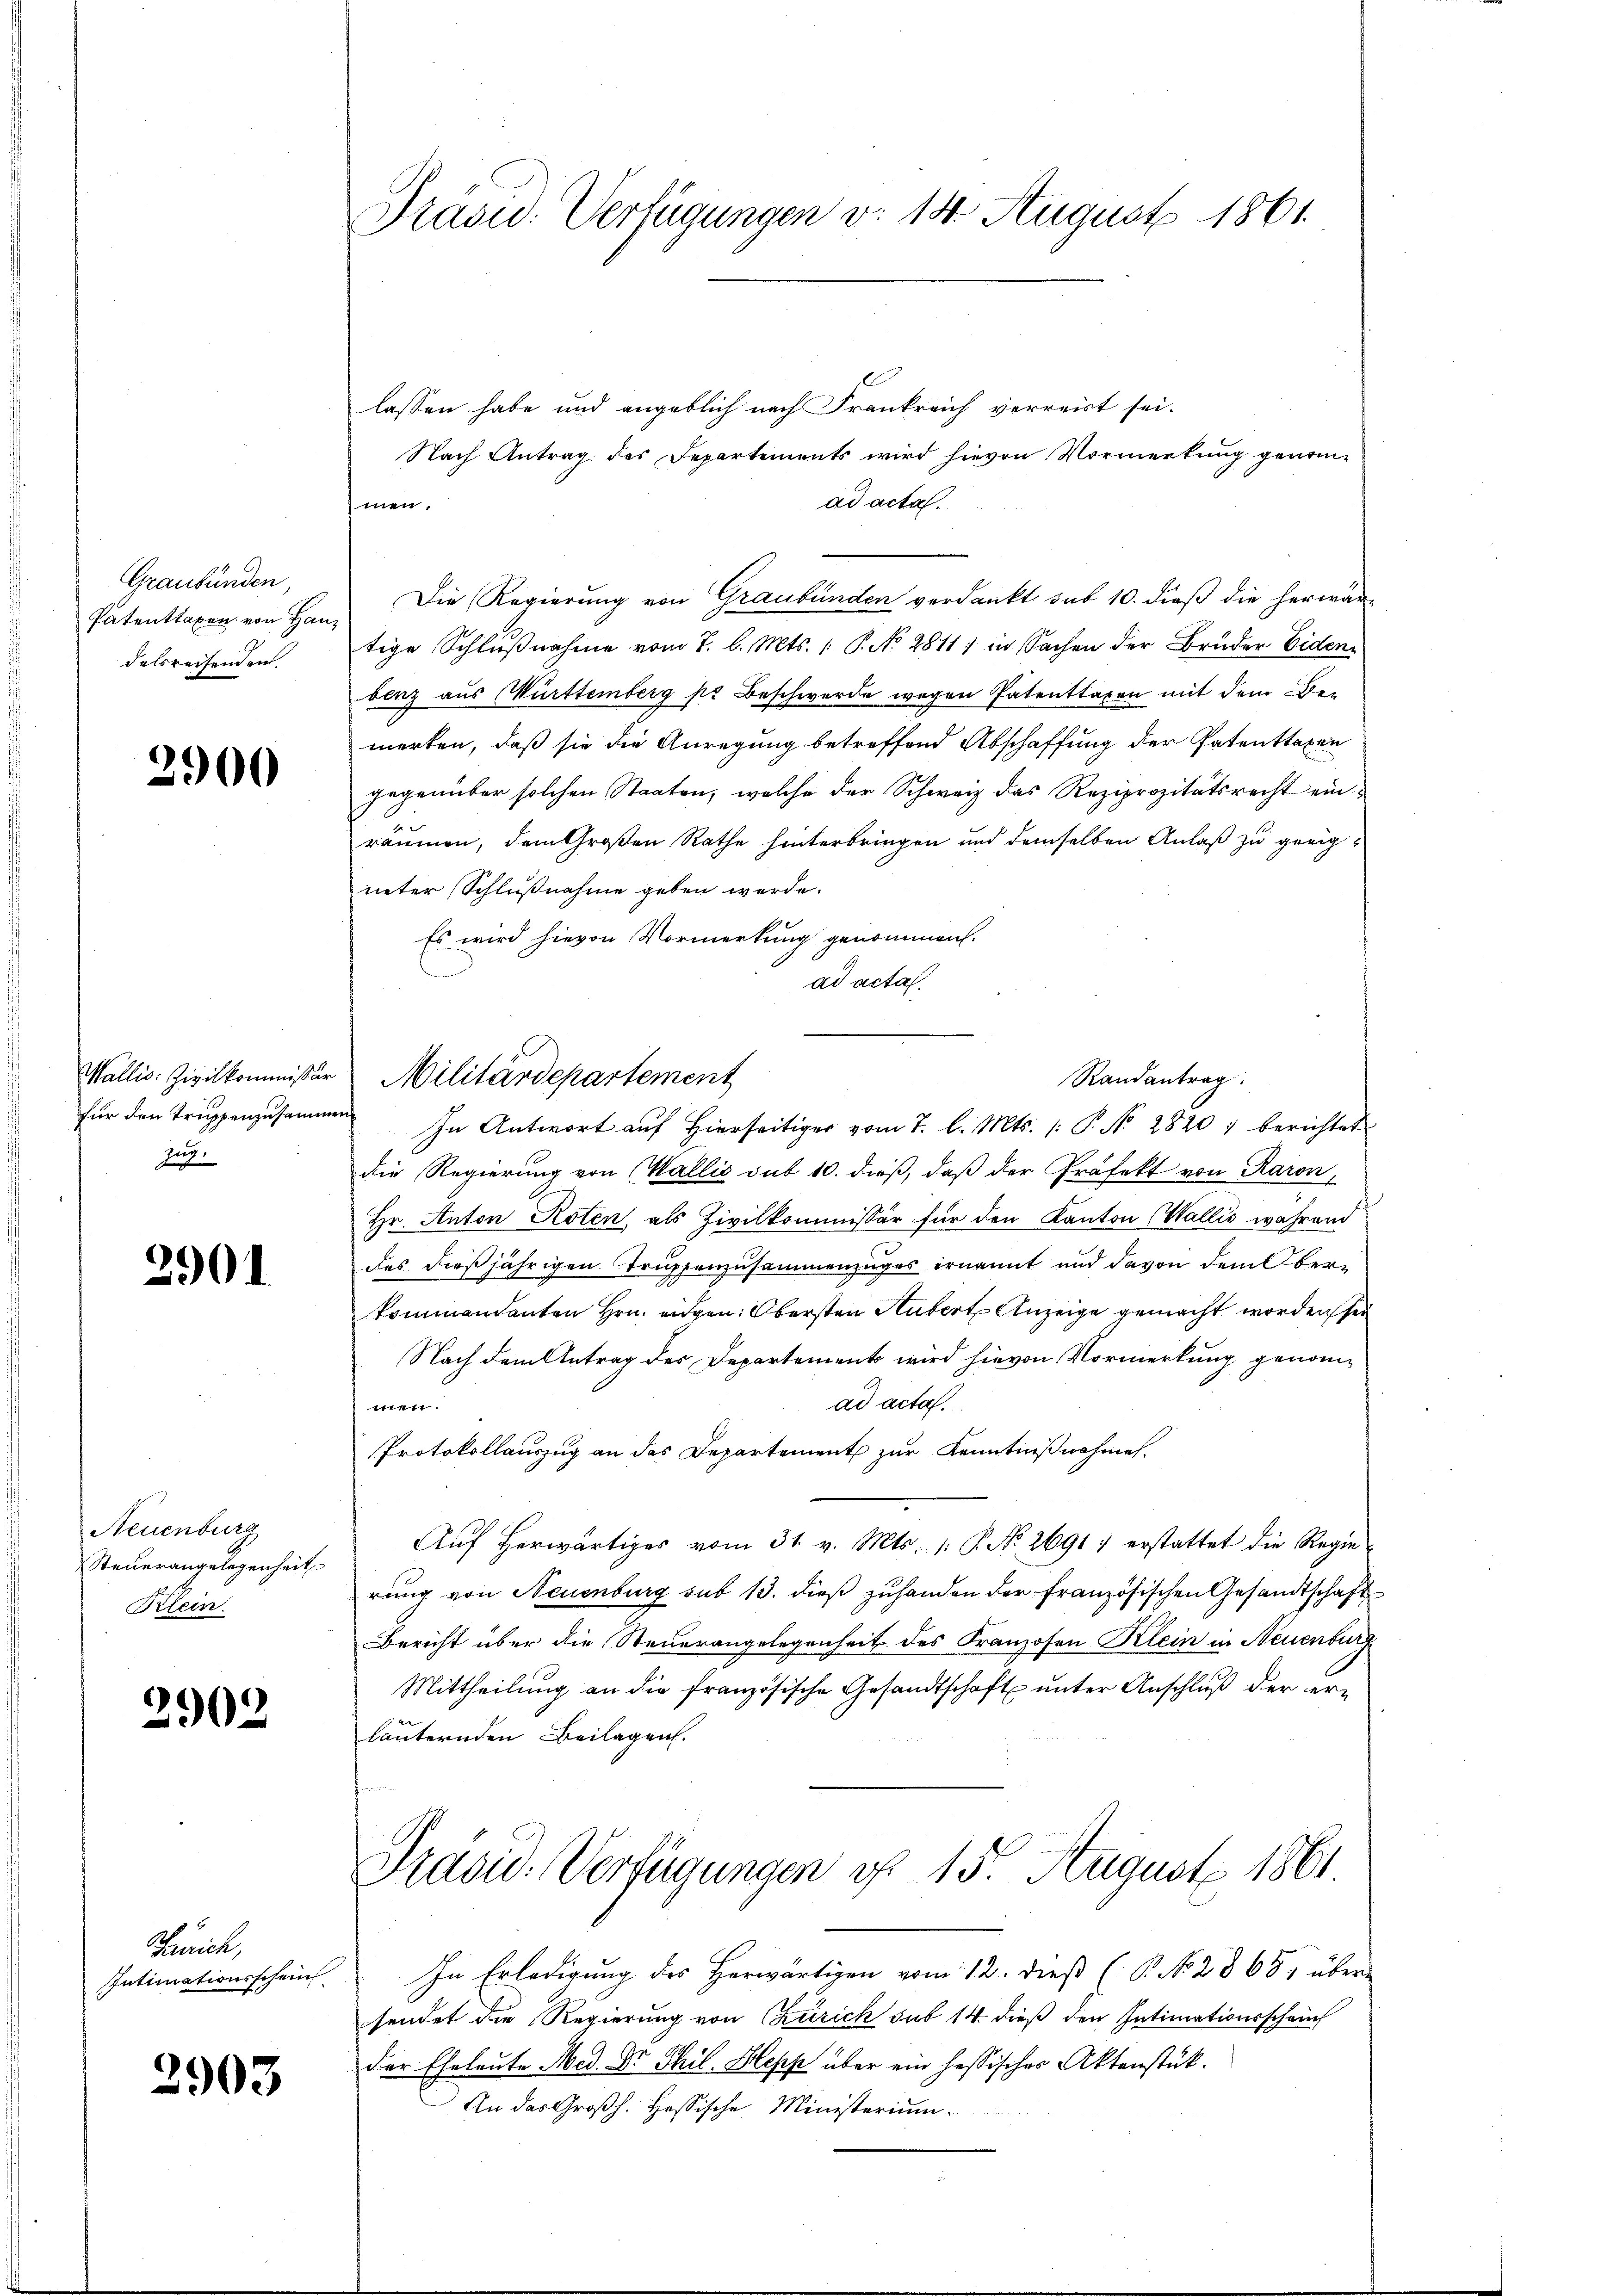
Graubünden,
Patenttaxen von Hau
delsreisenden.

2900

Wallis: Zivilkommissär
für den Truppenzusamm
Zug.

2901

Neuenburg
Steuerangelegenheit
Klein.

2902

Zürich,
Intimationsschein

2903

Präsid. Verfügungen v. 14. August 1861.

lassen habe und angeblich nach Frankreich verreist sei.
Nach Antrag des Departements wird hievon Vormerkung genomad acta.
men.
Die Regierung von Graubünden verdankt sub 10. dieß die herwärtige Schlußnahme vom 7. d. Mts. : P. No 2811) in Sachen der Bruder Eiden
benz aus Württemberg pr Beschwerde wegen Patenttaxen mit dem Bemerken, daß sie die Anregung betreffend Abschaffung der Patenttaxen
gegenüber solchen Staaten, welche der Schweiz das Reziprozitätsrecht einräumen, dem Großen Rathe hinterbringen und demselben Anlaß zu geeigueter (Schlußnahme geben werde.
Es wird hievon Vormerkung genommen.
ad acta.
Militärdepartement
In Antwort auf hierseitiger vom 7. l. Mts. (: P. N. 28207 berichtet
die Regierung von (Wallis sub 10. dieß, daß der Präfekt von Raron,
Hr. Anton Roten, als Zivilkommissär für den Kanton (Wallis wahrend
des dießjährigen Truppenzusammenzuges ernannt und davon dem Oberkommendanten Hrn. eidgen. Obersten Hubert Anzeige gemacht worden sei
Nach dem Antrag des Departement wird hievon Vormerkung genomad acta.
teht steht
Protokollauszug an das Departement zur Kenntnißnahmen.
Auf herwärtiges vom 31. v. Mts. (: P. No. 2691. erstattet die Regie
rung von Neuenburg sub 13. dieß zuhanden der Französischen Gesandtschaft
Bericht über die Steuerangelegenheit des Franzosen Klein in Neuenburg
Mittheilung an die französische Gesandtschaft unter Anschluß der erläuternden Beilagen.
Prasid. Verfügungen u. 15 August 1861
In Erledigung des Herwärtigen vom 12. dieß (P. N. 2865, über
sendet die Regierung von Curich sub 14 dieß den Intimationsscheuch
der Eheleute Med. Dr. Thil. Hopp über ein hessischer Aktenstück.
An das Großh. Hessische Ministerium

Randantrag